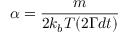
\alpha = \frac { m } { 2 k _ { b } T ( 2 \Gamma d t ) }